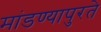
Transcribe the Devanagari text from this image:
मांडण्यापुरते